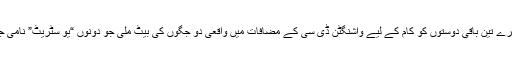
مجھے اور میرے تین باقی دوستوں کو کام کے لیے واشنگٹن ڈی سی کے مضافات میں واقعی دو جگوں کی بیٹ ملی جو دونوں “یو سٹریٹ” نامی جگہ میں تھے۔